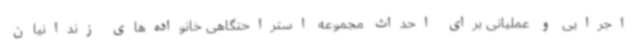
اجرایی و عملیاتی برای احداث مجموعه استراحتگاهی خانواده‌های زندانیان